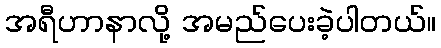
အရီဟာနာလို့ အမည်ပေးခဲ့ပါတယ်။